Leaving Certificate Examination, 1922
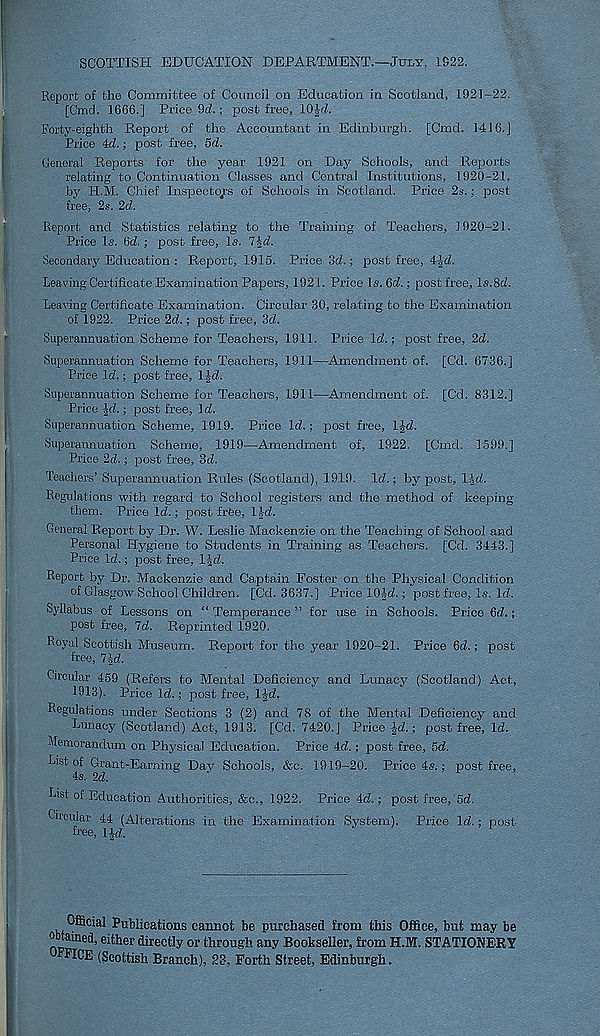
SCOTTISH EDUCATION DEPARTMENT.—July, IS22.
Report of the Committee of Council on Education in Scotland, 1921-22.
[Cmd. 1666.] Price 9d.; post free, 10J4.
Forty-eighth Report of the Accountant in Edinburgh. [Cmd. 1416.]
Price id.; post free, 5d.
General Reports for the year 1921 on Day Schools, and Reports
relating to Continuation Classes and Central Institutions, 1920-21.
by H.M. Chief Inspectors of Schools in Scotland. Price 2s.; post
free, 2s. 2d.
Report and Statistics relating to the Training of Teachers, 1920-21.
Price Is. 6d. ; post free, Is. 7Jd.
Secondary Education : Report, 1915. Price 3d.; post free, 4Jd.
Leaving Certificate Examination Papers, 1921. Price Is. 6d.: post free, ls.8d.
Leaving Certificate Examination. Circular 30, relating to the Examination
of 1922. Price 2d.; post free, 3d.
Superannuation Scheme for Teachers, 1911. Price Id.; post free, 2d.
Superannuation Scheme for Teachers, 1911—Amendment of. [Cd. 6736.]
Price Id.; jiost free, 1 Jd.
Superannuation Scheme for Teachers, 1911—Amendment of. [Cd. 8312.]
Price Jd.; post free, Id.
Superannuation Scheme, 1919. Price Id.; post free, IJd.
Superannuation Scheme, 1919—Amendment of, 1922. [Cmd. 1599.]
Price 2d.; post free, 3d.
Teachers’ Superannuation Rules (Scotland), 1919. Id.; by post, Ijd.
Regulations with regard to School registers and the method of keeping
them. Price Id.; post free, I Jd.
General Report by Dr. W. Leslie Mackenzie on the Teaching of School and
Personal Hygiene to Students in Training as Teachers. [Cd. 3443.]
Price Id.; post free, lid.
Report by Dr. Mackenzie and Captain Foster on the Physical Condition
of Glasgow School Children. [Cd. 3637.] Price lOJd.; post free. Is. Id.
Syllabus of Lessons on “ Temperance ” for use in Schools. Price 6d.;
post free, 7d. Reprinted 1920.
Royal Scottish Museum. Report for the year 1920-21. Price 6d.; post
free, IJd.
Circular 459 (Refers to Mental Deficiency and Lunacy (Scotland) Act,
1913). Price Id.; post free, Ijd.
Regulations under Sections 3 (2) and 78 of the Mental Deficiency and
Lunacy (Scotland) Act, 1913. [Cd. 7420.] Price -|-d.; post free. Id.
Memorandum on Physical Education. Price 4d.; post free, 5d.
List of Grant-Earning Day Schools, &e. 1919-20. Price 4s.; post free,
4s. 2d.
List of Education Authorities, &c., 1922. Price 4d.; post free, 5d.
Circular 44 (Alterations in the Examination System). Price Id.; post
free, l|d.
Official Publications cannot be purchased from this Office, but may be
o tained, either directly or through any Bookseller, from H.M. STATIONERY
OFFICE (Scottish Branch), 23, Forth Street, Edinburgh.